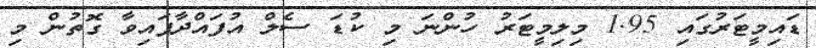
ޑައިމީޓަރުގައި 1.95 މިލިމީޓަރު ހުންނަ މި ކުޑަ ސެލް އުފައްދާފައިވާ ގޮތުން މި